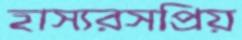
হাস্যরসপ্রিয়